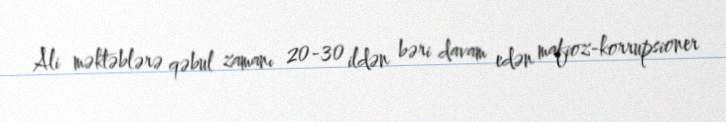
Ali məktəblərə qəbul zamanı 20-30 ildən bəri davam edən mafioz-korrupsioner